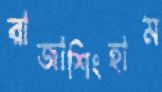
রাজাশিংহাম